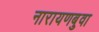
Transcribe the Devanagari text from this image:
नारायणबुवा